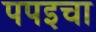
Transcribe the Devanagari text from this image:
पपइचा